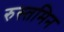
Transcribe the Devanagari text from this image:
रुस्तमिन